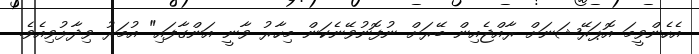
އެހެންވީމަ އޮޕަރޭޝަނަށް ރާއްޖެއިން ބޭރަށް ނުފޮނުވޭނެކަން މިހާރު ވާނީ އަންގާފައި" އުމަރު ވިދާޅުވިއެވެ.